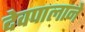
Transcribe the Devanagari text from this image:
देवपालाने